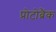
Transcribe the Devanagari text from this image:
प्रोटोब्रैंक